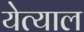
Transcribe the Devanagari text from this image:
येत्याल